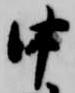
中